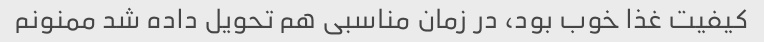
کیفیت غذا خوب بود، در زمان مناسبی هم تحویل داده شد ممنونم